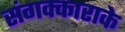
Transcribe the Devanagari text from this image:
संगक्काराके